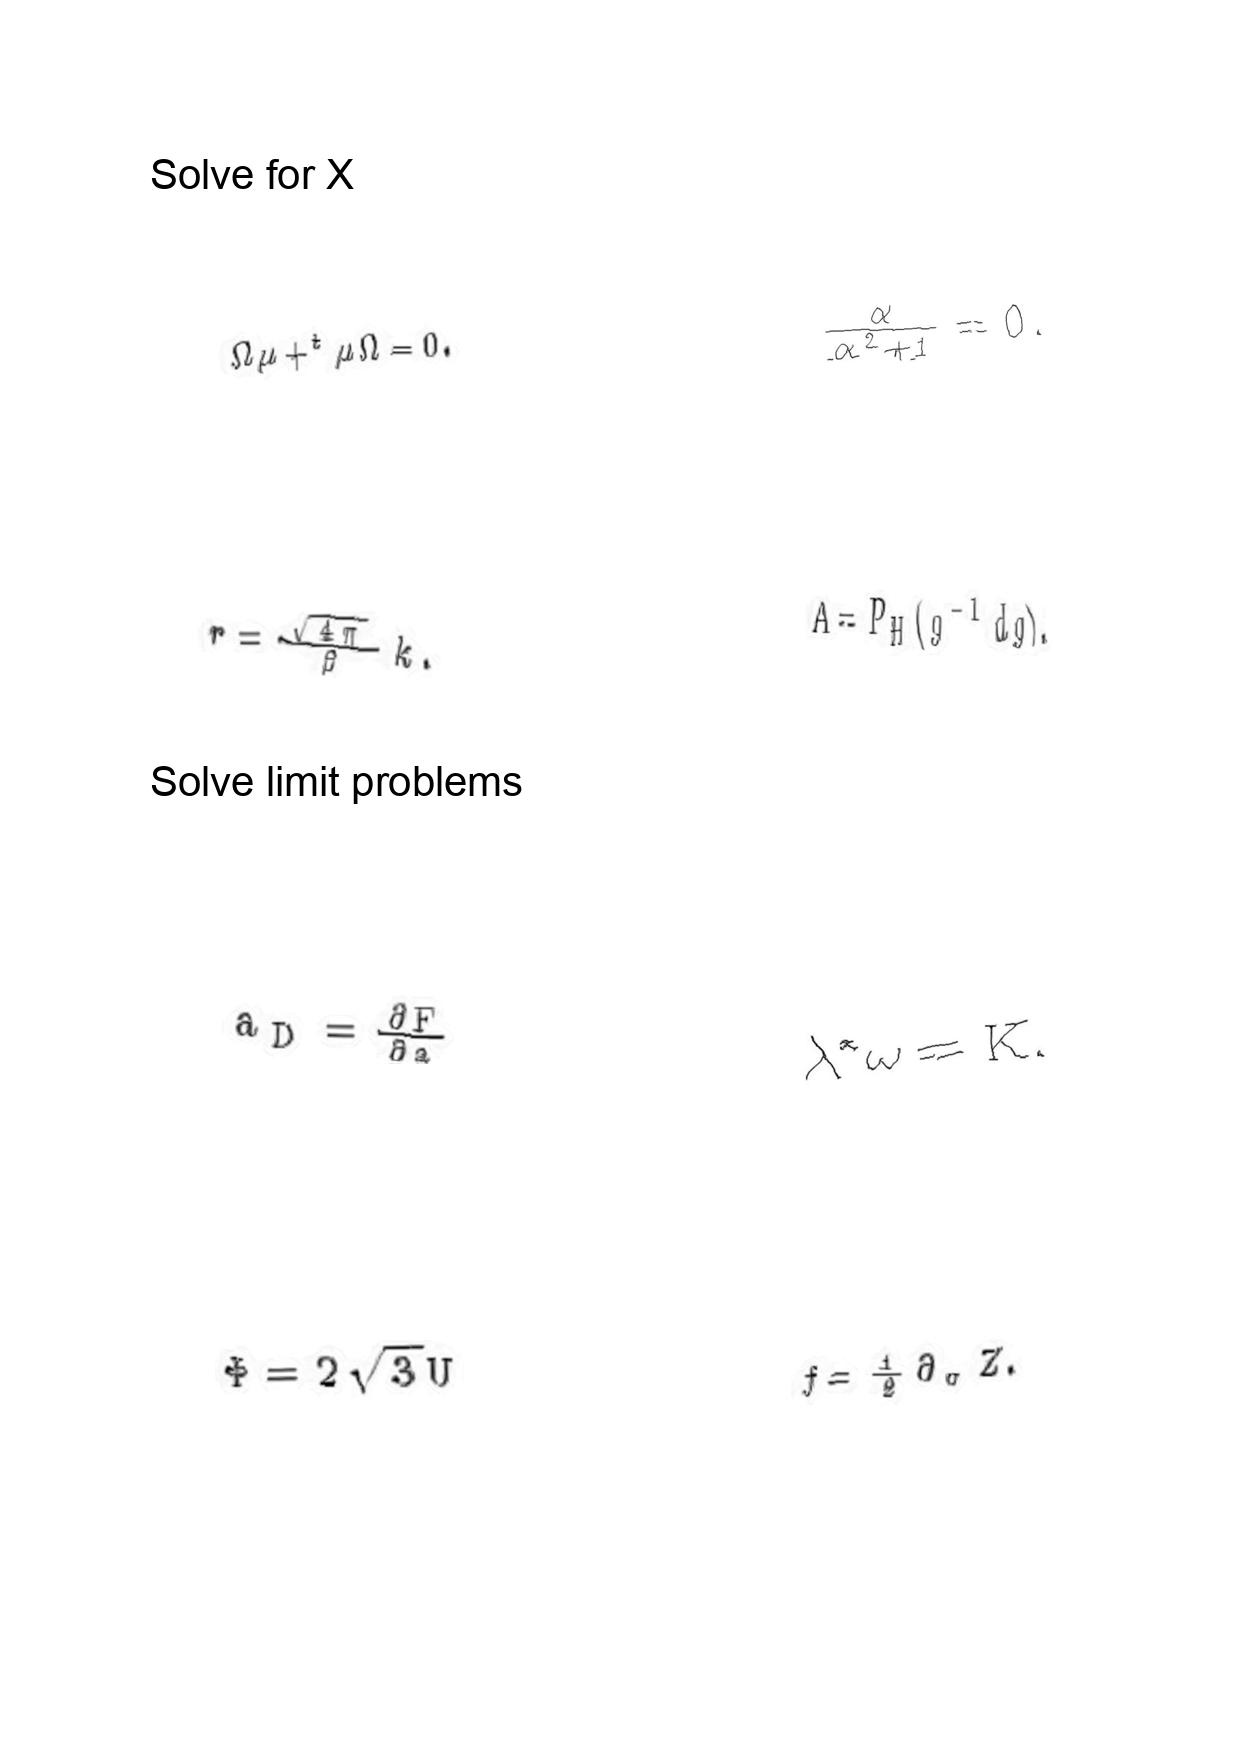
LaTeX transcription:
\Omega \mu + ^ { t } \mu \Omega = 0 .
r = \frac { \sqrt { 4 \pi } } { \beta } k .
a _ { D } = \frac { \partial F } { \partial a }
\Phi = 2 \sqrt { 3 } U
\frac { \alpha } { \alpha ^ { 2 } + 1 } = 0 .
A = P _ { H } \lparen g ^ { - 1 } d g \rparen .
\lambda ^ { \ast } \omega = K .
f = \frac { 1 } { 2 } \partial _ { \sigma } Z .